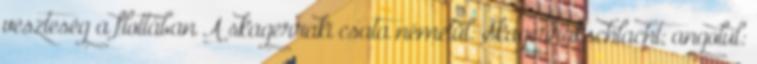
veszteség a flottában A skagerraki csata németül: Skagerrakschlacht; angolul: